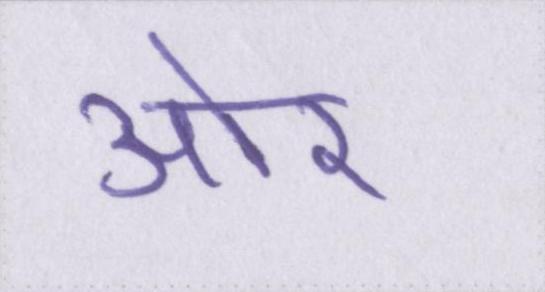
आ॓र